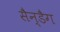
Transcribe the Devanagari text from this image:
सैन्डैग